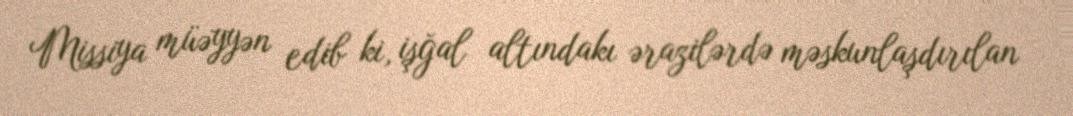
Missiya müəyyən edib ki, işğal altındakı ərazilərdə məskunlaşdırılan